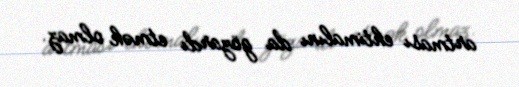
artması ehtimalını da gözardı etmək olmaz.